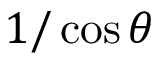
1 / \cos \theta